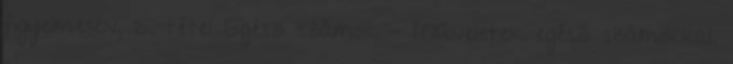
figyelmesen, 2. tétel Egész számok - Műveletek egész számokkal.